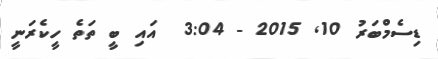
ޑިސެމްބަރު 10